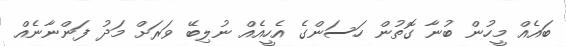
ބައެއް މީހުން ބުނާ ގޮތުން ހަސަންގެ އެހީއެއް ނުލިބޭ ވަރަށް މަދު ފަންނާނެއް